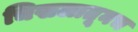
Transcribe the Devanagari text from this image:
चिखलातूनच